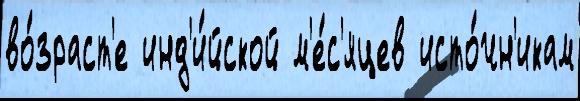
во́зраст'е инд'и́йской м'е́с'яцев исто́чн'икам